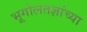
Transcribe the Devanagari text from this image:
भूगोलतज्ञांच्या